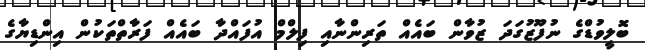
ބޮލީވުޑްގެ ނުފޫޒުގަދަ ޒުވާން ބައެއް ތަރިންނާއި ފިލްމް އުފައްދާ ބައެއް ފަރާތްތަކުން އިންޑިޔާގެ